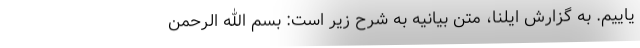
یاییم. به گزارش ایلنا، متن بیانیه به شرح زیر است: بسم الله الرحمن